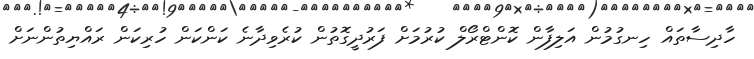
ހާދިސާތައް ހިނގުމުން އަލިފާން ކޮންޓްރޯލް ކުރުމަށް ފަރުދީގޮތުން ކުރެވިދާނެ ކަންކަން ހުރިކަން ރައްޔިތުންނަށް